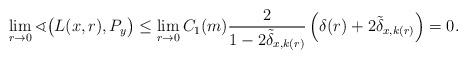
LaTeX: \begin{align*} \lim_{r \to 0}\sphericalangle\big(L(x,r),P_y\big) & \leq \lim_{r \to 0}C_1(m) \frac 2 {1-2\tilde \delta_{x,k(r)}} \left( \delta(r) + 2 \tilde \delta_{x,k(r)}\right) = 0. \end{align*}